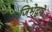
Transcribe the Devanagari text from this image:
जिभेद्वारे